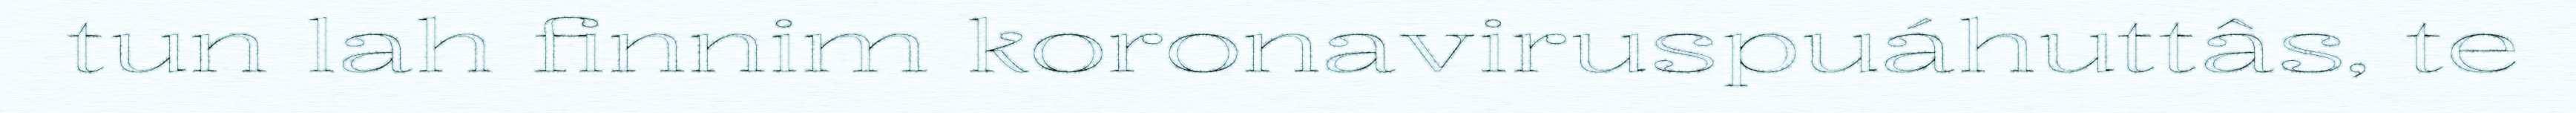
tun lah finnim koronaviruspuáhuttâs, te